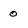
Character: 0